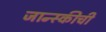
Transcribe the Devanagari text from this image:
जान्स्कीची